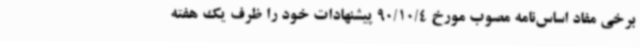
برخی مفاد اساس‌نامه مصوب مورخ 90/10/4 پیشنهادات‌ خود را ظرف یک هفته